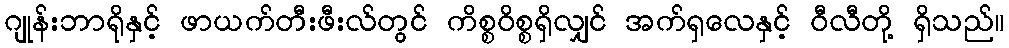
ဂျုန်းဘာရိုနှင့် ဖာယက်တီးဖီးလ်တွင် ကိစ္စဝိစ္စရှိလျှင် အက်ရှလေနှင့် ဝီလီတို့ ရှိသည်။